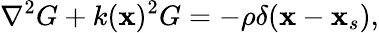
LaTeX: \nabla^{2}G+k(\textbf{x})^{2}G=-\rho\delta(\textbf{x}-\textbf{x}_{s}),